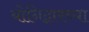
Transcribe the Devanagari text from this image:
योनिद्वारच्या